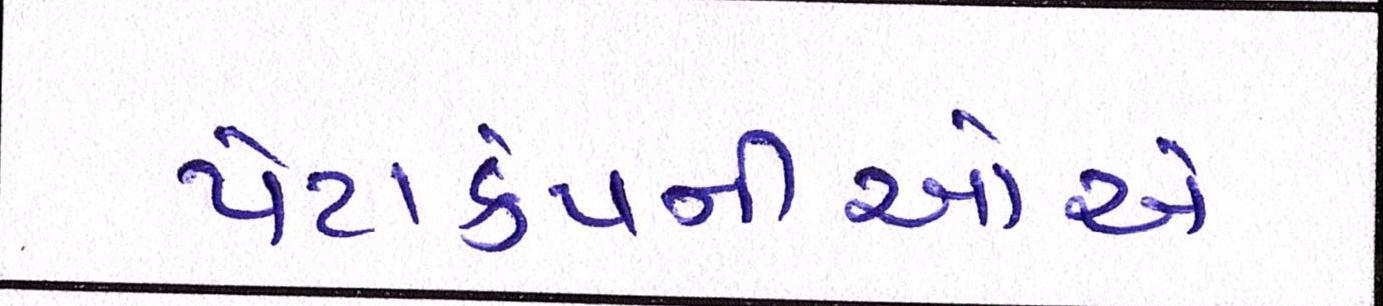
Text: પેટાકંપનીઓએ